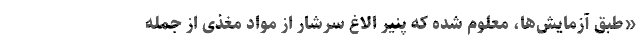
«طبق آزمایش‌ها، معلوم شده که پنیر الاغ سرشار از مواد مغذی از جمله